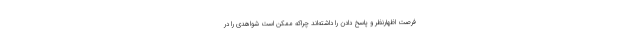
فرصت اظهارنظر و پاسخ دادن را داشته‌اند چراکه ممکن است شواهدی را در